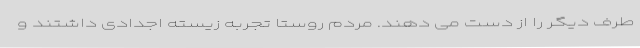
طرف دیگر را از دست می دهند. مردم روستا تجربه زیسته اجدادی داشتند و